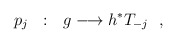
\begin{align*}p_{j}\ \ :\ \ g\longrightarrow h^{*}T_{-j}\ \ ,\end{align*}